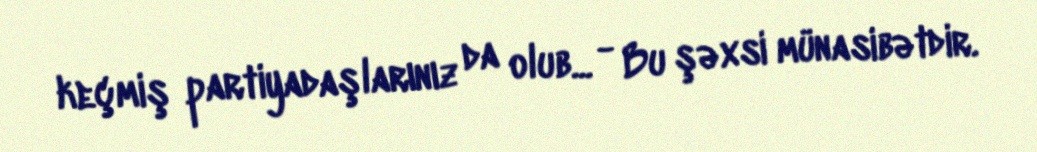
keçmiş partiyadaşlarınız da olub... - Bu şəxsi münasibətdir.